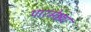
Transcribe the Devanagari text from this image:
पारमेष्ठ्य